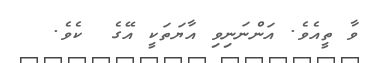
ވާ ތީއެވެ. އަންނަނިވި އާޔަތަކީ އޭގެ  ކެވެ.